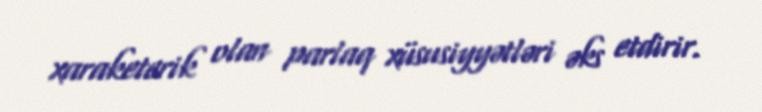
xaraketerik olan parlaq xüsusiyyətləri əks etdirir.